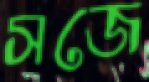
সজে